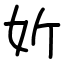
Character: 妡